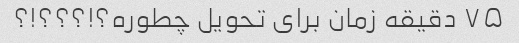
۷۵ دقیقه زمان برای تحویل چطوره؟!؟؟؟!؟